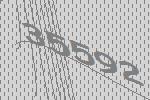
35592